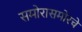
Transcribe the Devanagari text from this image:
समोरासमोरचे